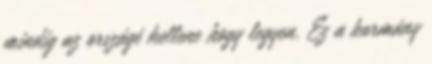
mindig az országé kellene hogy legyen. Ez a kormány